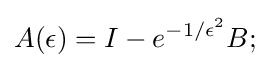
A(\epsilon )=I-e^{-1/\epsilon ^{2}}B;